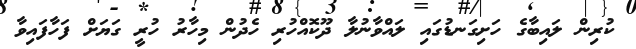
ކުރިން ލައިބާގެ ހަށިގަނޑުގައި ލައްވާނުލާ ދޫކޮއްހުރި ހެދުން މިހާރު ހުރީ ގަޔަށް ފަހާފައިވާ